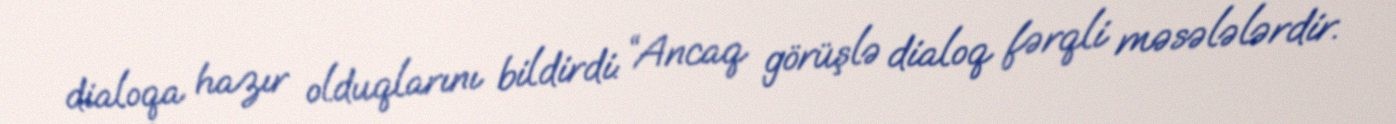
dialoqa hazır olduqlarını bildirdi: “Ancaq görüşlə dialoq fərqli məsələlərdir.